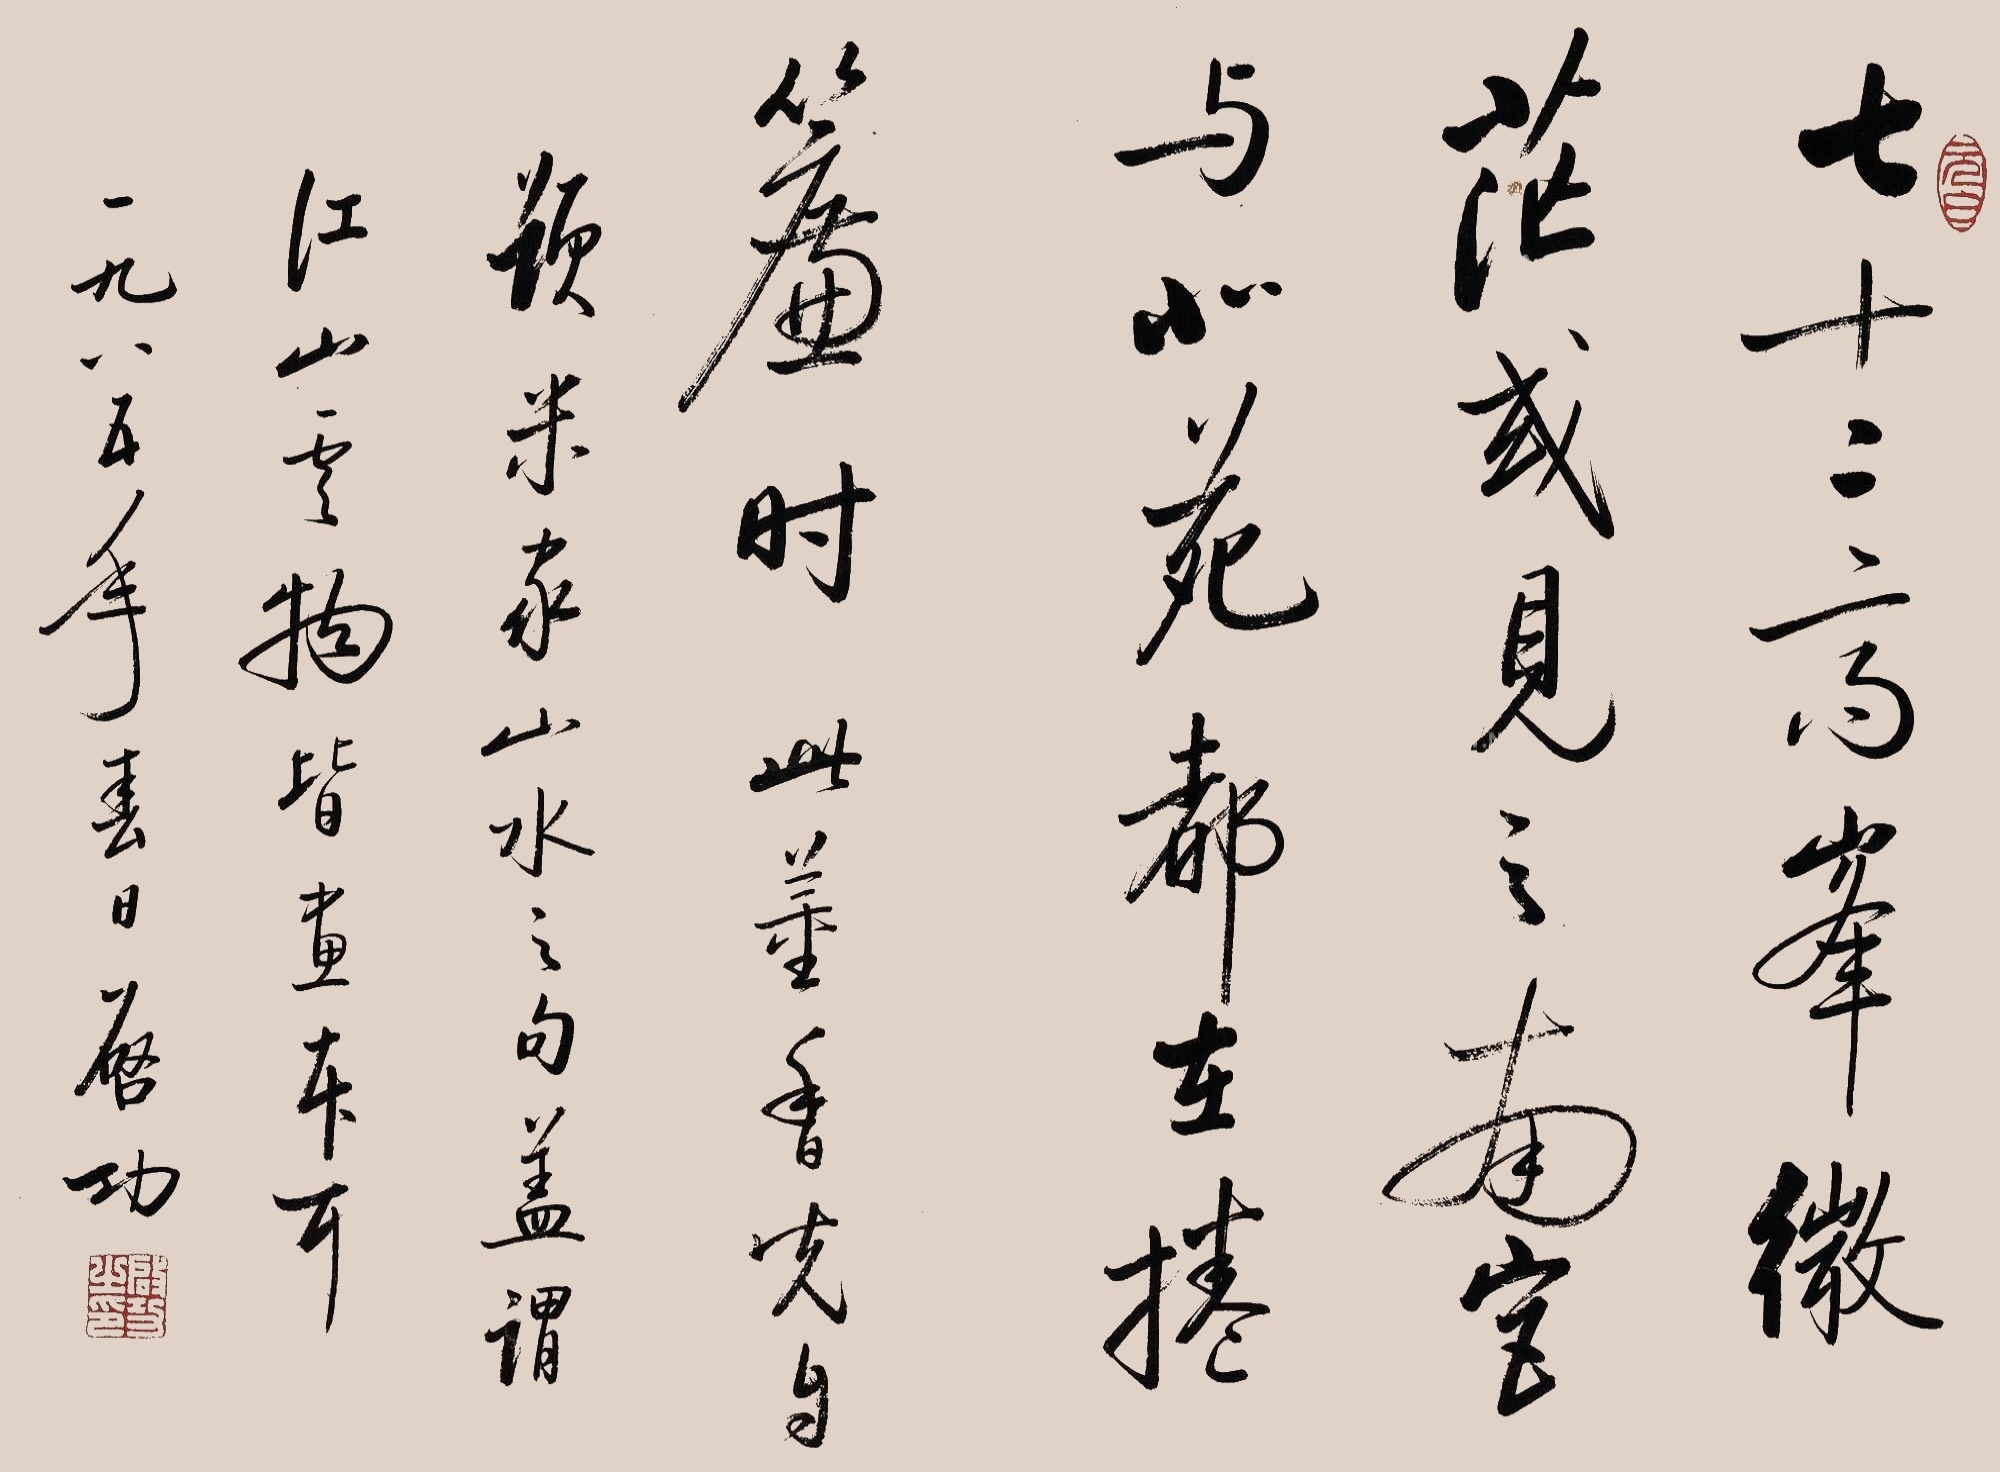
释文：七十二高峰，微茫或见之；南室与北苑，都在卷帘时。此董香光自题米家山水之句，盖谓江山云雾皆画本耳。一九八五年春日，启功。